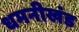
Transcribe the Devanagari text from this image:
धमनीखंड